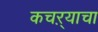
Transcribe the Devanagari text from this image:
कचऱ्याचा